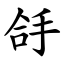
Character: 㧱